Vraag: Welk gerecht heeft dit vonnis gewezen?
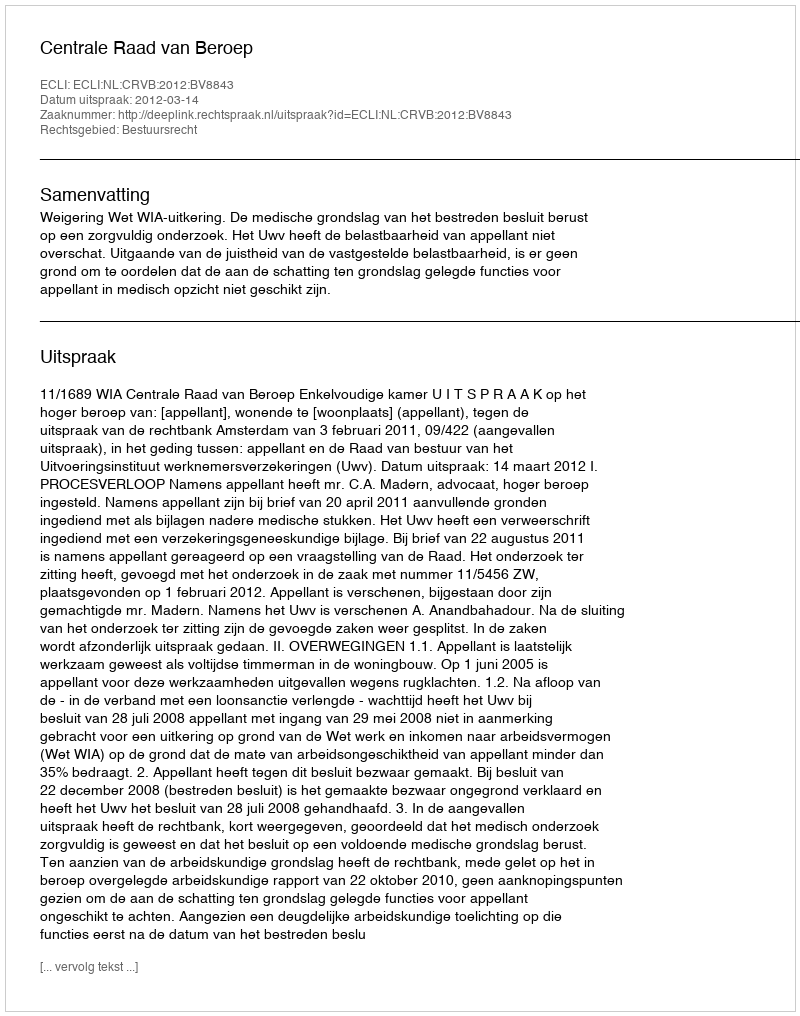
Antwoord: Centrale Raad van Beroep